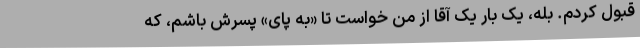
قبول کردم. بله، یک بار یک آقا از من خواست تا «به پای» پسرش باشم، که